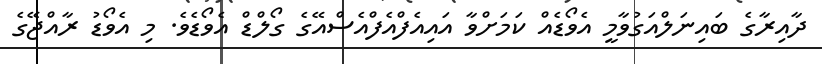
ދާއިރާގެ ބައިނަލްއަގުވާމީ އެވޯޑެއް ކަމަށްވާ އައިއެފްއެފްއެސްއޭގެ ގޯލްޑް އެވޯޑެވެ. މި އެވޯޑު ރާއްޖޭގެ